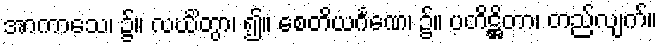
အာကာသေ၊ ၌။ လင်္ဃိတွာ၊ ၍။ စေတိယင်္ဂဏေ၊ ၌။ ပတိဋ္ဌိတာ၊ တည်လျက်။